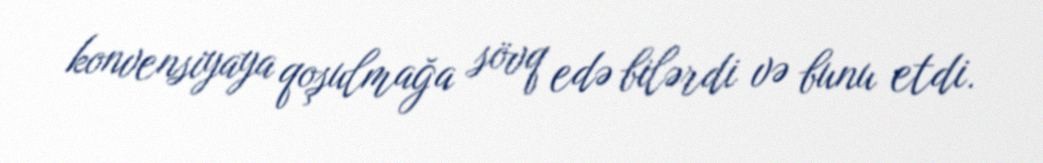
konvensiyaya qoşulmağa sövq edə bilərdi və bunu etdi.